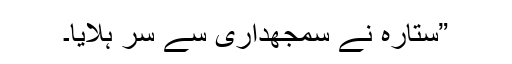
”ستارہ نے سمجھداری سے سر ہلایا۔